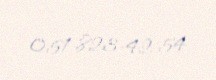
051-823-42-54